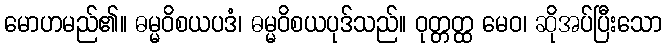
မောဟမည်၏။ ဓမ္မဝိစယပဒံ၊ ဓမ္မဝိစယပုဒ်သည်။ ဝုတ္တတ္ထ မေဝ၊ ဆိုအပ်ပြီးသော